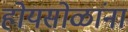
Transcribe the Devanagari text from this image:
होयसोळांना